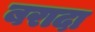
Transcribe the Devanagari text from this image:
बरादा